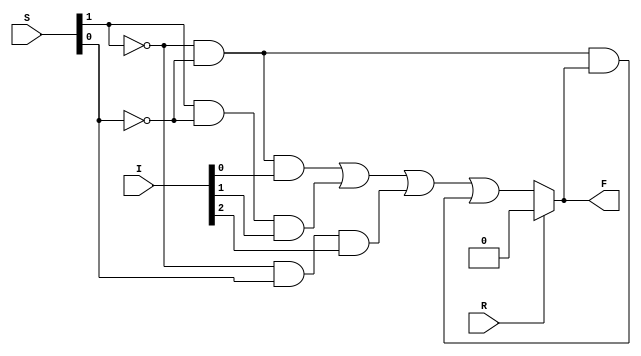
module MUL3_1_IF_ELSE(I, S, R, F);
    input [2:0] I;
    input [1:0] S;
    input R;
    output F;

    reg F;
    
    always @(I, S, R)
        if (R==1)
            F = 0;
        else
            F = ~S[1] & ~S[0] & I[0] |
                S[1] & ~S[0] & I[1] |
                ~S[1] & S[0] & I[2] |
                ~S[1] & ~S[0] & F;
endmodule